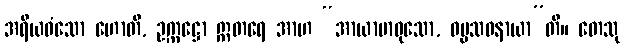
အရိယဝံသော ဟောတိ, ဥက္ကဋ္ဌော ဣတရေ အာဟ “အာယာမာဝုသော, ဓမ္မသဝနာယာ”တိ။ တေသု